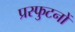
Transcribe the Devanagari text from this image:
प्रस्फुटनों